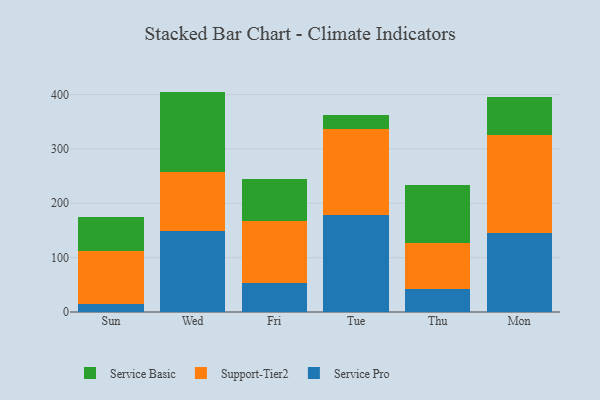
{"axis": {"x": "Day", "y": "Population (Million)"}, "legend": ["Service Basic", "Service Pro", "Support-Tier2"], "data": [{"x": "Sun", "y": 15.3, "type": "Service Pro"}, {"x": "Sun", "y": 97.3, "type": "Support-Tier2"}, {"x": "Sun", "y": 62.9, "type": "Service Basic"}, {"x": "Wed", "y": 149.2, "type": "Service Pro"}, {"x": "Wed", "y": 107.7, "type": "Support-Tier2"}, {"x": "Wed", "y": 148.6, "type": "Service Basic"}, {"x": "Fri", "y": 53.1, "type": "Service Pro"}, {"x": "Fri", "y": 113.7, "type": "Support-Tier2"}, {"x": "Fri", "y": 78.0, "type": "Service Basic"}, {"x": "Tue", "y": 178.5, "type": "Service Pro"}, {"x": "Tue", "y": 158.1, "type": "Support-Tier2"}, {"x": "Tue", "y": 26.2, "type": "Service Basic"}, {"x": "Thu", "y": 42.2, "type": "Service Pro"}, {"x": "Thu", "y": 84.8, "type": "Support-Tier2"}, {"x": "Thu", "y": 106.3, "type": "Service Basic"}, {"x": "Mon", "y": 145.6, "type": "Service Pro"}, {"x": "Mon", "y": 179.4, "type": "Support-Tier2"}, {"x": "Mon", "y": 70.5, "type": "Service Basic"}]}